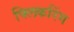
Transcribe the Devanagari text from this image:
फ्लिकरिंग